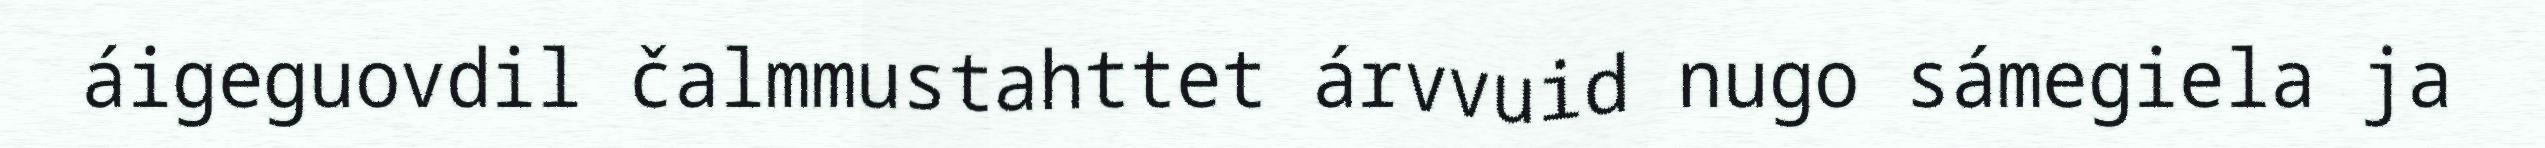
áigeguovdil čalmmustahttet árvvuid nugo sámegiela ja